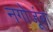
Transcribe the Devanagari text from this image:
नगोजूंबा